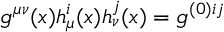
g ^ { \mu \nu } ( x ) h _ { \mu } ^ { i } ( x ) h _ { \nu } ^ { j } ( x ) = g ^ { ( 0 ) i j }